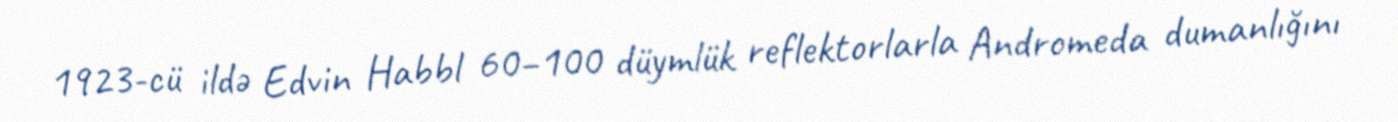
1923-cü ildə Edvin Habbl 60–100 düymlük reflektorlarla Andromeda dumanlığını